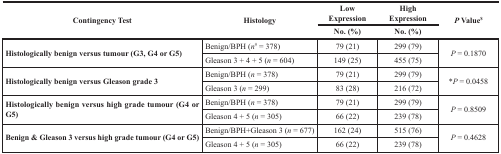
| <ROWSPAN=2> Contingency Test | <ROWSPAN=2> Histology | Low Expression | High Expression | <ROWSPAN=2> P Value$ |
 | No. (%) | No. (%) |
 | --- | --- | --- | --- | --- |
 | <ROWSPAN=2> Histologically benign versus tumour (G3, G4 or G5) | Benign/BPH (n# = 378) | 79 (21) | 299 (79) | <ROWSPAN=2> P = 0.1870 |
 | Gleason 3 + 4 + 5 (n= 604) | 149 (25) | 455 (75) |
 | <ROWSPAN=2> Histologically benign versus Gleason grade 3 | Benign/BPH (n = 378) | 79 (21) | 299 (79) | <ROWSPAN=2> *P = 0.0458 |
 | Gleason 3 (n = 299) | 83 (28) | 216 (72) |
 | <ROWSPAN=2> Histologically benign versus high grade tumour (G4 or G5) | Benign/BPH (n = 378) | 79 (21) | 299 (79) | <ROWSPAN=2> P = 0.8509 |
 | Gleason 4 + 5 (n = 305) | 66 (22) | 239 (78) |
 | <ROWSPAN=2> Benign & Gleason 3 versus high grade tumour (G4 or G5) | Benign/BPH+Gleason 3 (n = 677) | 162 (24) | 515 (76) | <ROWSPAN=2> P = 0.4628 |
 | Gleason 4 + 5 (n = 305) | 66 (22) | 239 (78) |